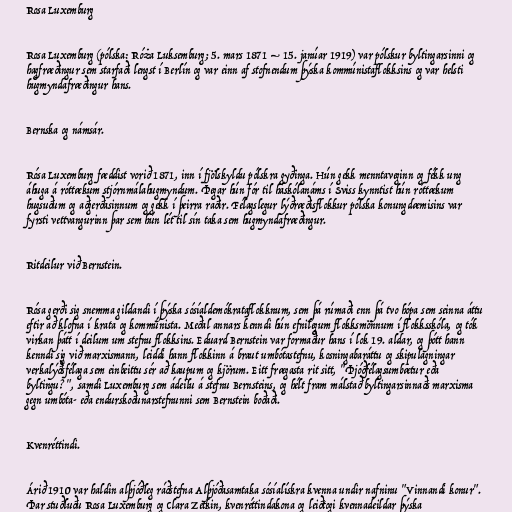
Rosa Luxemburg

Rosa Luxemburg (pólska: Róża Luksemburg; 5. mars 1871 – 15. janúar 1919) var pólskur byltingarsinni og
hagfræðingur sem starfaði lengst í Berlín og var einn af stofnendum þýska kommúnistaflokksins og var helsti
hugmyndafræðingur hans.

Bernska og námsár.

Rósa Luxemburg fæddist vorið 1871, inn í fjölskyldu pólskra gyðinga. Hún gekk menntaveginn og fékk ung
áhuga á róttækum stjórnmálahugmyndum. Þegar hún fór til háskólanáms í Sviss kynntist hún róttækum
hugsuðum og aðgerðasinnum og gekk í þeirra raðir. Félagslegur lýðræðisflokkur pólska konungdæmisins var
fyrsti vettvangurinn þar sem hún lét til sín taka sem hugmyndafræðingur.

Ritdeilur við Bernstein.

Rósa gerði sig snemma gildandi í þýska sósíaldemókrataflokknum, sem þá rúmaði enn þá tvo hópa sem seinna áttu
eftir að klofna í krata og kommúnista. Meðal annars kenndi hún efnilegum flokksmönnum í flokksskóla, og tók
virkan þátt í deilum um stefnu flokksins. Eduard Bernstein var formaður hans í lok 19. aldar, og þótt hann
kenndi sig við marxismann, leiddi hann flokkinn á braut umbótastefnu, kosningabaráttu og skipulagningar
verkalýðsfélaga sem einbeittu sér að kaupum og kjörum. Eitt frægasta rit sitt, "Þjóðfélagsumbætur eða
byltingu?", samdi Luxemburg sem ádeilu á stefnu Bernsteins, og hélt fram málstað byltingarsinnaðs marxisma
gegn umbóta- eða endurskoðunarstefnunni sem Bernstein boðaði.

Kvenréttindi.

Árið 1910 var haldin alþjóðleg ráðstefna Alþjóðasamtaka sósíalískra kvenna undir nafninu "Vinnandi konur".
Þar stuðluðu Rosa Luxemburg og Clara Zetkin, kvenréttindakona og leiðtogi kvennadeildar þýska